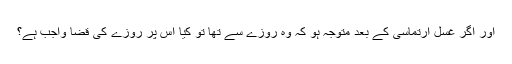
اور اگر غسل ارتماسی کے بعد متوجہ ہو کہ وہ روزے سے تھا تو کیا اس پر روزے کی قضا واجب ہے؟